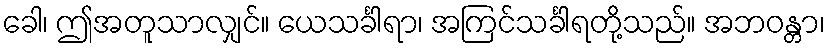
ခေါ၊ ဤအတူသာလျှင်။ ယေသင်္ခါရာ၊ အကြင်သင်္ခါရတို့သည်။ အဘဝန္တာ၊